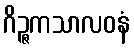
ဂိဉ္ဇကသာလဝနံ